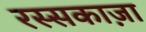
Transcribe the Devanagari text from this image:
रस्सकाज़ा